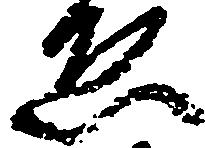
ゑ